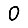
Digit: 0